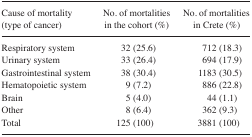
<table><thead><tr><td><b>Cause of mortality (type of cancer)</b></td><td><b>No. of mortalities in the cohort (%)</b></td><td><b>No. of mortalities in Crete (%)</b></td></tr></thead><tbody><tr><td>Respiratory system</td><td>32 (25.6)</td><td>712 (18.3)</td></tr><tr><td>Urinary system</td><td>33 (26.4)</td><td>694 (17.9)</td></tr><tr><td>Gastrointestinal system</td><td>38 (30.4)</td><td>1183 (30.5)</td></tr><tr><td>Hematopoietic system</td><td>9 (7.2)</td><td>886 (22.8)</td></tr><tr><td>Brain</td><td>5 (4.0)</td><td>44 (1.1)</td></tr><tr><td>Other</td><td>8 (6.4)</td><td>362 (9.3)</td></tr><tr><td>Total</td><td>125 (100)</td><td>3881 (100)</td></tr></tbody></table>